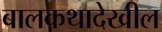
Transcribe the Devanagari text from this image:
बालकथादेखील